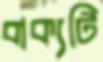
বাক্যটি